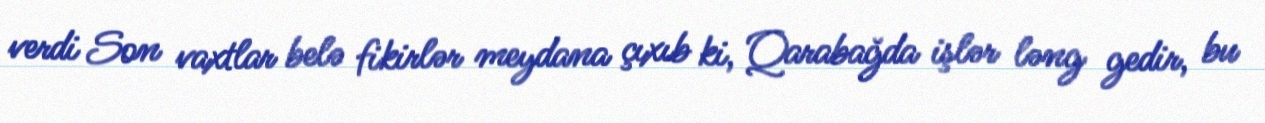
verdi Son vaxtlar belə fikirlər meydana çıxıb ki, Qarabağda işlər ləng gedir, bu